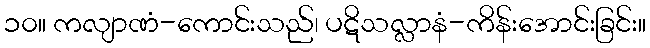
၁၀။ ကလျာဏံ-ကောင်းသည်၊ ပဋိသလ္လာနံ-ကိန်းအောင်းခြင်း။